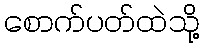
စောက်ပတ်ထဲသို့